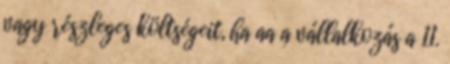
vagy részleges költségeit, ha aa a vállalkozás a 11.